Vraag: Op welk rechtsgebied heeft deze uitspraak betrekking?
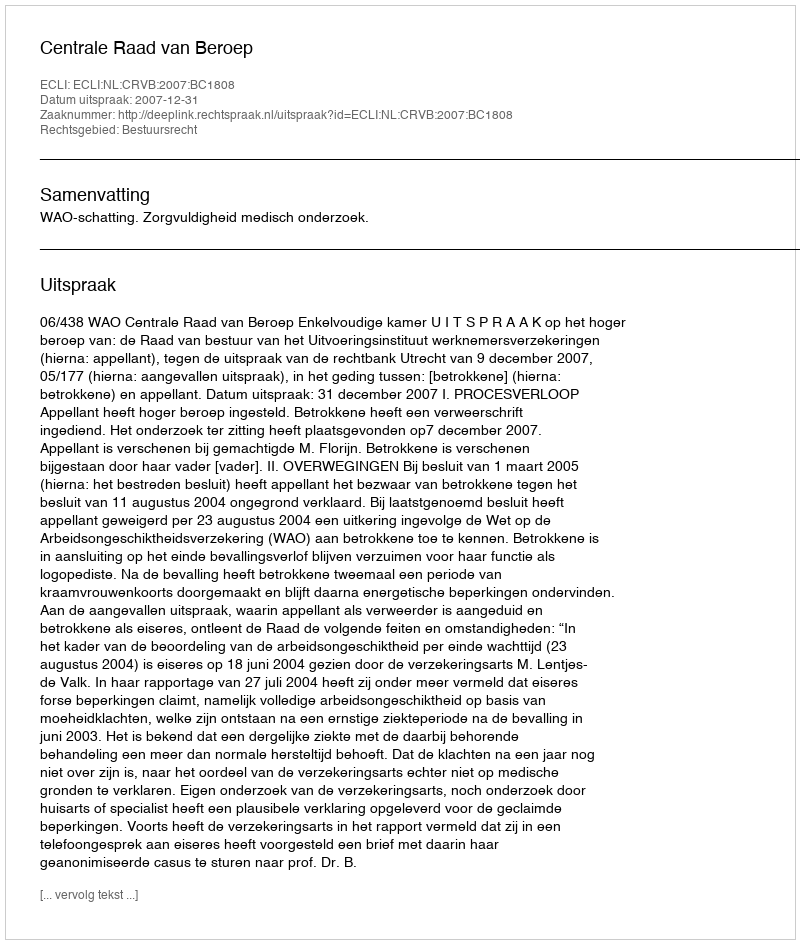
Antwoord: Bestuursrecht